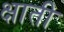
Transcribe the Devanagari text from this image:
क्षाती